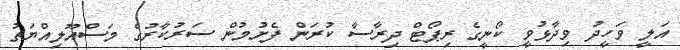
އަލީ ވަހީދު ވިދާޅުވީ ކޯނީގެ ރިޕޯޓް ދިރާސާ ކުރަން ފެށުމުން ސަރުކާރުގެ މަސްއޫލިއްޔަތު